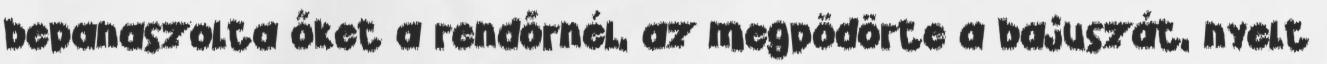
bepanaszolta őket a rendőrnél, az megpödörte a bajuszát, nyelt